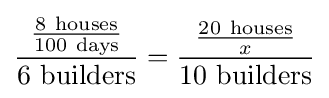
{\frac {\frac {8\ {\text{houses}}}{100\ {\text{days}}}}{6\ {\text{builders}}}}={\frac {\frac {20\ {\text{houses}}}{x}}{10\ {\text{builders}}}}